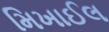
મિખાઈલ